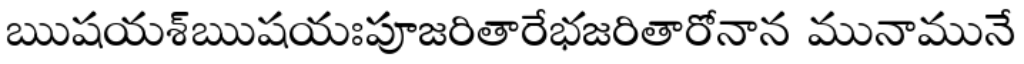
ఋషయశ్ఋషయఃపూజరితారేభజరితారోనాన మునామునే